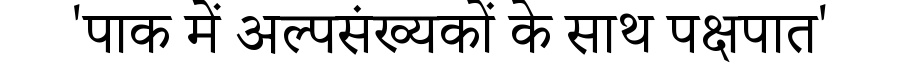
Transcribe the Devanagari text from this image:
'पाक में अल्पसंख्यकों के साथ पक्षपात'